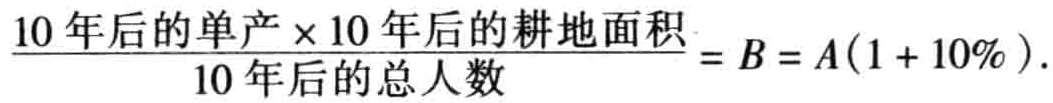
$\frac{10年后的单产\times10年后的耕地面积}{10年后的总人数}=B = A(1 + 10\%).$